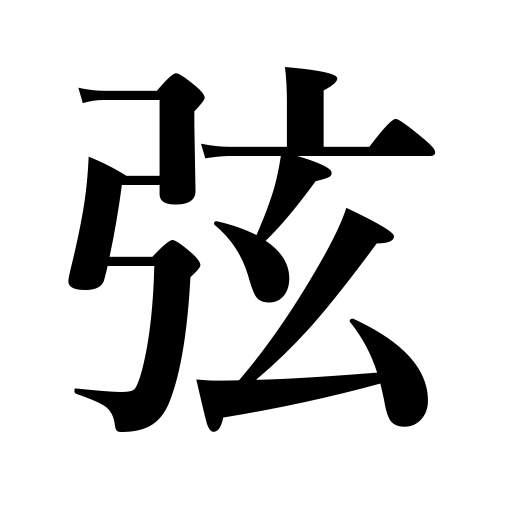
Meanings: string of an instrument,bowstring,hypotenuse,chord in geometry,crescent moon,teakettle handle made of bamboo or vines